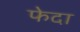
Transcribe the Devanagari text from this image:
फेदा